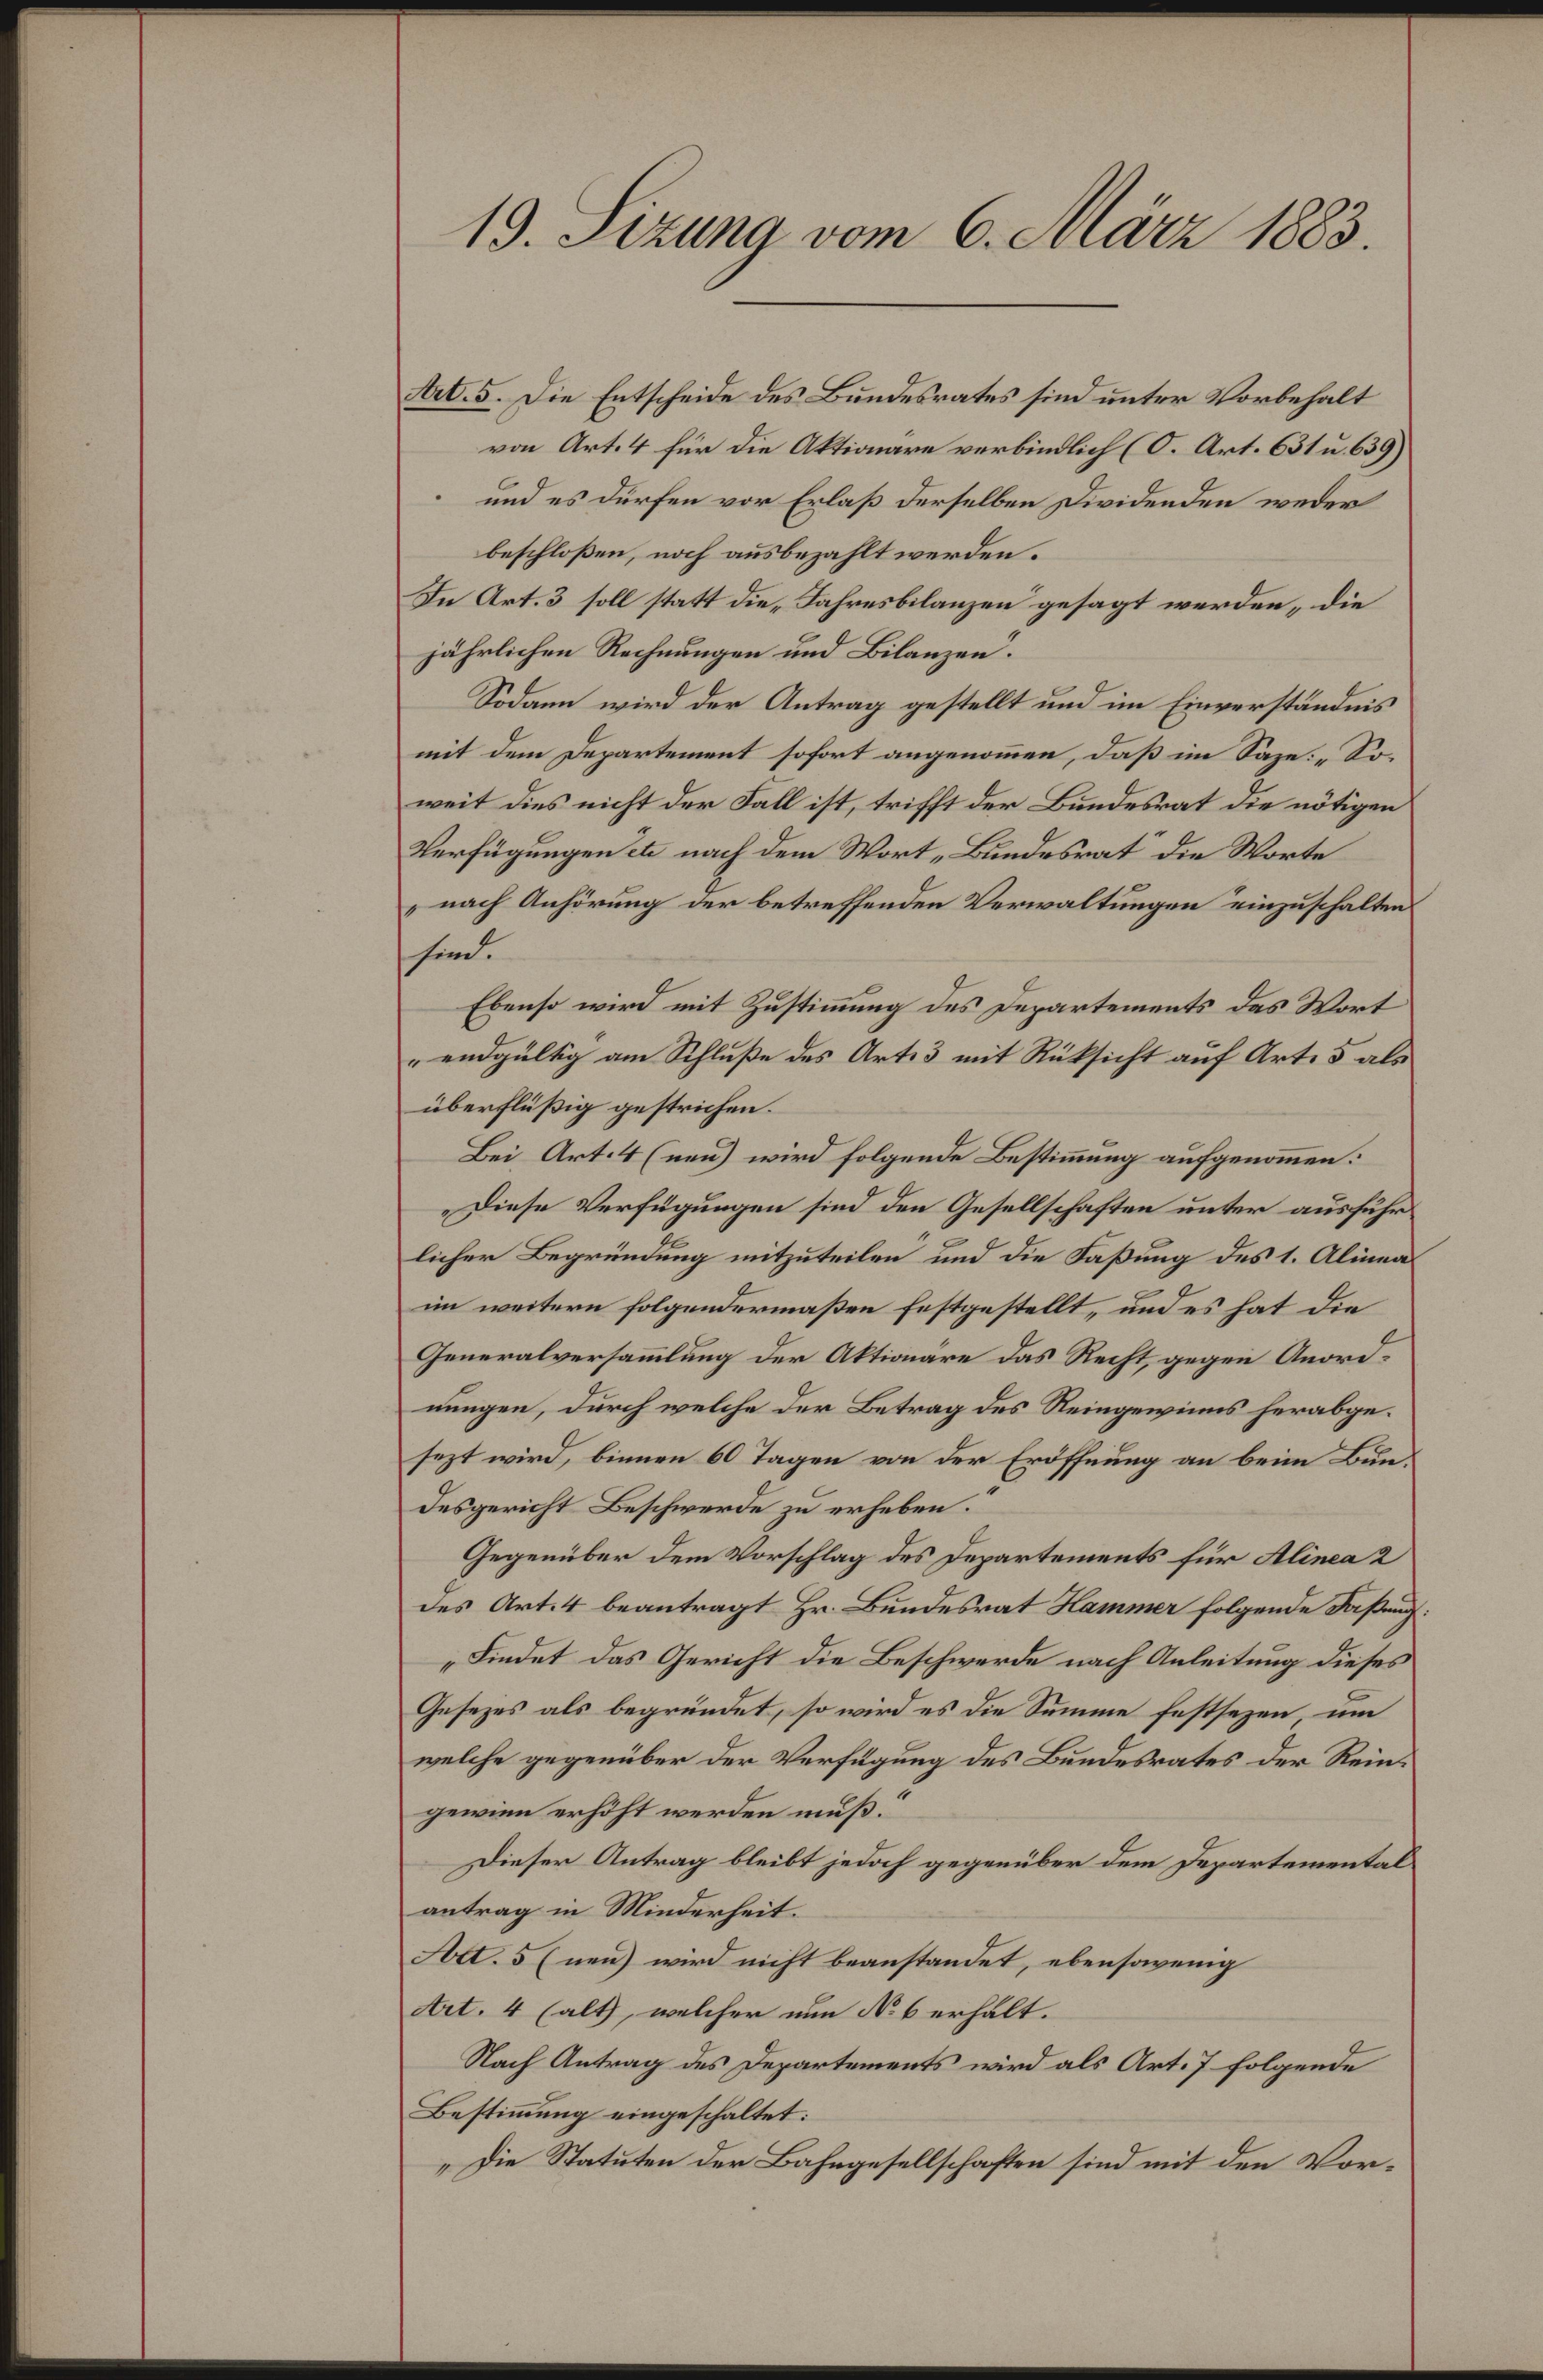
19. Sizung vom 6. März 1883.

Art. 5. Die Entscheide des Bundesrates sind unter Vorbehalt
von Art. 4 für die Aktionare verbindlich (O. Art. 631 u. 639)
und es dürfen vor Erlaß derselben Dividenden weder
beschloßen, noch ausbezahlt werden.
In Art. 3 soll statt die „Jahresbilanzen gesagt werden „die
jährlichen Rechnungen und Bilanzen.
Sodann wird der Antrag gestellt und im Einverständnis
mit dem Departement sofort angenommen, daß im Saze: „Soweit dies nicht der Fall ist, trifft der Bundesrat die nötigen
Verfügungen et nach dem Wort „Bundesrat die Worte
nach Anhörung der betreffenden Verwaltungen einzuschalten
sind.
Ebenso wird mit Zustimmung des Departements des Wort
endgültig am Schluße des Art. 3 mit Rüksicht auf Art. 5 als
überflüßig gestrichen.
Bei Art. 4 (neu) wird folgende Bestimmung aufgenommen:
Diese Verfügungen sind den Gesellschaften unter ausführ
licher Begründung mitzuteilen und die Faßung des 1. Alinea
im weitern folgendermaßen festgestellt, und es hat die
Generalversammlung der Aktionare das Recht, gegen Anordnungen, durch welche der Betrag des Reingewinns herabgesezt wird, binnen 60 Tagen von der Eröffnung an beim Bundesgericht Beschwerde zu erheben.
Gegenüber dem Vorschlag des Departements für Alinea 2
des Art. 4 beantragt Hr. Bundesrat Hammer folgende Faßung
„Findet das Gericht die Beschwerde nach Anleitung dieses
Gesezes als begründet, so wird es die Summe festsezen, um
welche gegenüber der Verfügung des Bundesrates der Reingewinn erhöht werden muß:
Dieser Antrag bleibt jedoch gegenüber dem Departemental
antrag in Minderheit.
Act. 5 (neu) wird nicht beanstandet, ebensowenig
Art. 4 (alt, welcher nun No 6 erhält.
Nach Antrag des Departements wird als Art. 7 folgende
Bestimmung eingeschaltet:
„Die Statuten der Bahngesellschaften sind mit den Vor¬